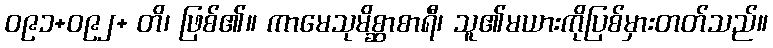
ဝ၉၁+ဝ၉၂+ တိ၊ ဖြစ်၏။ ကာမေသုမိစ္ဆာစာရီ၊ သူ၏မယားကိုပြစ်မှားတတ်သည်။